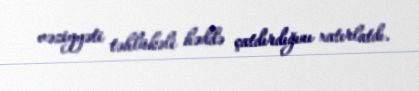
vəziyyəti təhlükəli həddə çatdırdığını xatırlatdı.